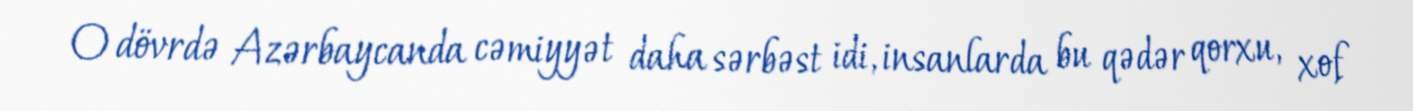
O dövrdə Azərbaycanda cəmiyyət daha sərbəst idi, insanlarda bu qədər qorxu, xof